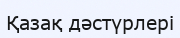
Қазақ дәстүрлері